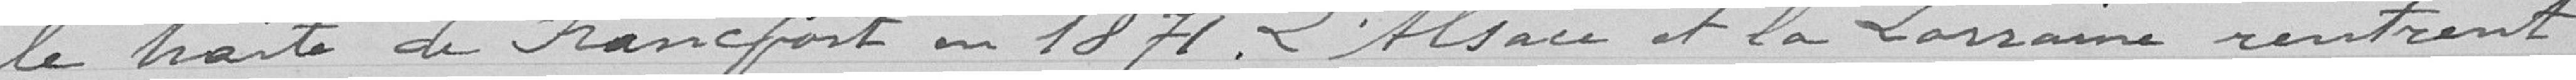
le traité de Francfort en 1874. L'Alsace et la Lorraine rentrent